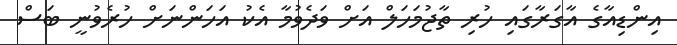
އިންޑިއާގެ އާގަރާގައި ހުރި ތާޖުމަހަލް އަށް ވަދެވުމާ އެކު އަހަންނަށް ހުރެވުނީ ބަސް